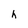
Character: h